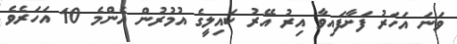
ވަނަ އަހަރު ފަށާފައިވާ އިރު އޭރު ކައިލީގެ އުމުރުން އެންމެ 10 އަހަރެވެ